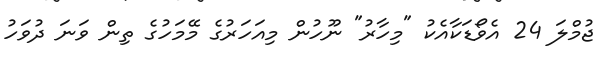
ޖުމްލަ 24 އެވޯޑަކާއެކު "މިހާރު" ނޫހުން މިއަހަރުގެ މޭމަހުގެ ތިން ވަނަ ދުވަހު